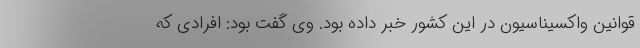
قوانین واکسیناسیون در این کشور خبر داده بود. وی گفت بود: افرادی که